system: You are a helpful assistant.
user:
Analyze the provided spectrum to determine if it is a **White Dwarf (WD)**.

A White Dwarf spectrum is defined by its **extreme purity** (due to gravitational settling) and/or **extreme pressure broadening** (due to high surface gravity). You must check for one of the following mutually exclusive signatures:

- **Key Visual Indicators (Check for ONE of these types):**

    - **1. DA-Type Signature (Most Common):**
        - **(Primary Feature):** Extreme pressure broadening (Stark broadening) of the **Hydrogen (H) Balmer lines**.
        - **(Key Lines):** $H\beta$ (approx. $4861$ Å) and $H\gamma$ (approx. $4340$ Å). $H\alpha$ (approx. $6563$ Å) will also be present if the wavelength range covers it.
        - **(Line Profile):** This is the **defining feature**. The lines are **NOT** sharp. They appear as massive, **extremely broad and deep "troughs" or "dips"** in the spectrum, often hundreds of Ångströms wide. The continuum will appear to "scoop" down at these wavelengths.
        - **(Distinction):** Normal A-type or B-type stars have *narrow* and *sharp* Hydrogen lines. A DA White Dwarf's lines are unmistakably "smeared" or "blurry" from pressure.

    - **2. DB-Type Signature:**
        - **(Primary Feature):** Broad absorption lines from **Neutral Helium (He I)**. The spectrum must lack any visible Hydrogen lines.
        - **(Key Lines):** Look for broad absorption near $4471$ Å, $4921$ Å, and $5876$ Å.
        - **(Line Profile):** These lines are also significantly pressure-broadened, appearing much wider than they would in a normal B-type main-sequence star.

    - **3. DC-Type Signature:**
        - **(Primary Feature):** A **featureless continuous spectrum**.
        - **(Line Profile):** The spectrum is a smooth curve with **no significant absorption or emission lines**.
        - **(Key Confirmation):** The continuum is almost always **blue or white**, indicating a hot object. This signature implies the atmosphere is so pure (or so cool) that no spectral lines are visible in the optical range. Its WD identity is confirmed by its extremely low intrinsic brightness (high absolute magnitude).

    - **4. DZ-Type Signature (Metal-Polluted):**
        - **(Primary Feature):** **Isolated, narrow metal absorption lines** on an otherwise featureless (DC-like) continuum.
        - **(Key Lines):** The **Calcium (Ca II) H & K doublet** (approx. **$3934$ Å** and **$3968$ Å**) is the most common and defining feature.
        - **(Line Profile):** These lines are "out of place." They are *not* part of a "forest" of thousands of lines. This signature is evidence of recent *accretion* (pollution) from rocky debris.
        - **(Distinction):** Normal G/K/M stars have a *dense forest* of thousands of metal lines. A DZ has a *clean* continuum with *only a few* strong metal lines.

    - **5. DQ-Type Signature (Carbon-Polluted):**
        - **(Primary Feature):** Absorption bands from **Carbon (C₂ "Swan Bands" or atomic C I)**.
        - **(Key Lines - C₂):** Look for bandheads with a "saw-tooth" shape near $5635$ Å, **$5165$ Å** (strongest), and $4737$ Å.
        - **(Key Confirmation):** The underlying **continuum must be blue or white** (hot).
        - **(Distinction):** This is the critical difference from a **Carbon Star**, which has the *exact same* C₂ bands but on an extremely **red, cool** continuum.

- **(Overall Spectrum):**
    - The continuum (overall shape) is typically **blue-sloping** (brighter in the blue than the red), as most white dwarfs are very hot.
    - The spectrum will look "pure" or "simple," dominated by only *one* of the five signatures listed above.

Think first, call **spectral_visualization_tool** if needed to examine features in detail, then provide your final answer. Your response must adhere to the following strict rules:
1.  **Overall Structure:** Your response must follow the format `<think>...</think> <tool_call>...</tool_call> (if a tool is used) <answer>...</answer>`.
2.  **Tool Usage Constraint:** You may only make **one** tool call per turn.
3.  **Final Answer Format:** In the `<answer>` tag, your conclusion must be inside a `\boxed{}` command (e.g., `\boxed{YES}` or `\boxed{NO}`), followed by your justification.

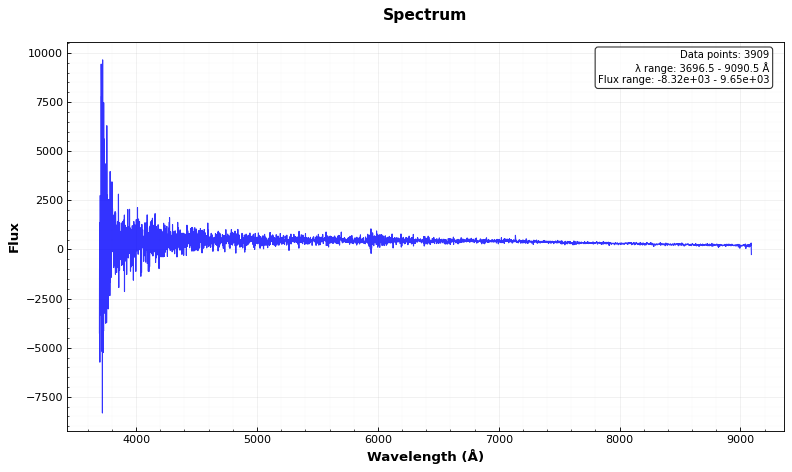
Answer: NO